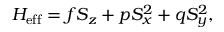
H _ { \mathrm { e f f } } = f S _ { z } + p S _ { x } ^ { 2 } + q S _ { y } ^ { 2 } ,